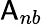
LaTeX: \mathsf{A}_{nb}